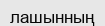
лашынның